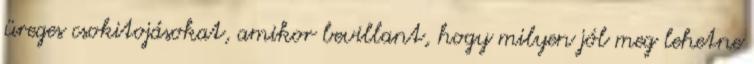
üreges csokitojásokat, amikor bevillant, hogy milyen jól meg lehetne